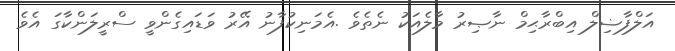
އަލްފާޟިލް އިބްރާޙިމް ނާޞިރު މާލެއަކު ނެތެވެ .އެމަނިކުފާނު އޭރު ވަޑައިގެންވީ ސްރީލަންކާގަ އެވެ